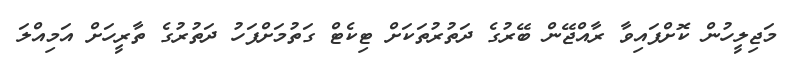
މަޖިލީހުން ކޮށްފައިވާ ރާއްޖޭން ބޭރުގެ ދަތުރުތަކަށް ޓިކެޓް ގަތުމަށްފަހު ދަތުރުގެ ތާރީހަށް އަމިއްލަ